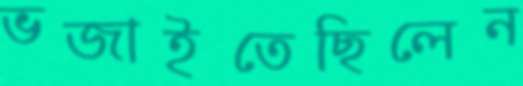
ভজাইতেছিলেন